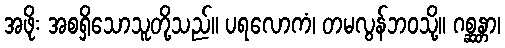
အဖိုး အစရှိသောသူတို့သည်။ ပရလောကံ၊ တမလွန်ဘဝသို့။ ဂစ္ဆန္တာ၊